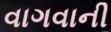
વાગવાની